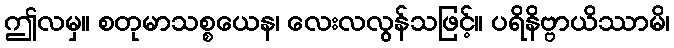
ဤလမှ။ စတုမာသစ္စယေန၊ လေးလလွန်သဖြင့်။ ပရိနိဗ္ဗာယိဿာမိ၊